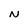
Character: N